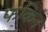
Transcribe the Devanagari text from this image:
फकिन